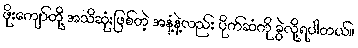
ဖိုးကျော်တို့ အသိဆုံးဖြစ်တဲ့ အနံ့နဲ့လည်း ပိုက်ဆံကို ခွဲလို့ရပါတယ်။